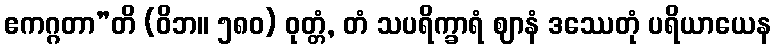
ဧကဂ္ဂတာ”တိ (ဝိဘ။ ၅၈၀) ဝုတ္တံ, တံ သပရိက္ခာရံ ဈာနံ ဒဿေတုံ ပရိယာယေန